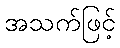
အသက်ဖြင့်